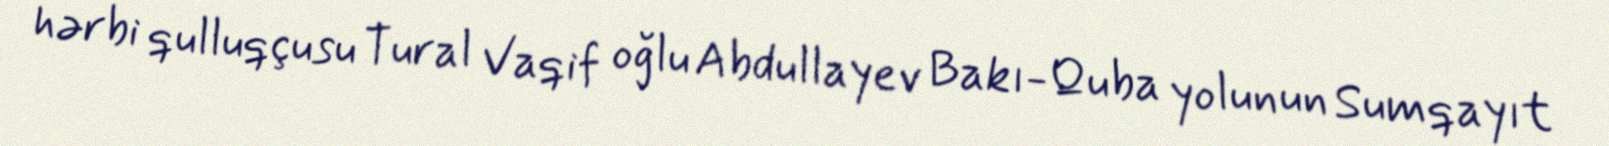
hərbi qulluqçusu Tural Vaqif oğlu Abdullayev Bakı-Quba yolunun Sumqayıt